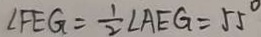
\angle F E G = \frac { 1 } { 2 } \angle A E G = 5 5 ^ { \circ }